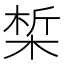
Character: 椞